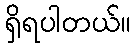
ရှိရပါတယ်။